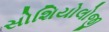
સોશિયોલોજી